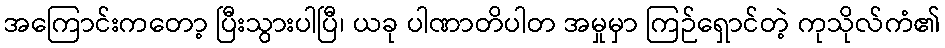
အကြောင်းကတော့ ပြီးသွားပါပြီ၊ ယခု ပါဏာတိပါတ အမှုမှာ ကြဉ်ရှောင်တဲ့ ကုသိုလ်ကံ၏